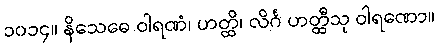
၁၀၁၄။ နိသေဓေ ဝါရဏံ၊ ဟတ္ထိ၊ လိင်္ဂ ဟတ္ထီသု ဝါရဏော။